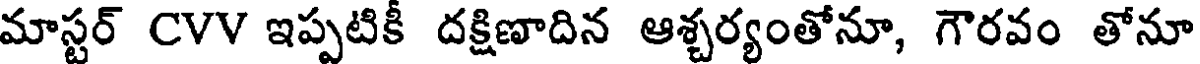
మాస్టర్ CVV ఇప్పటికీ దక్షిణాదిన ఆశ్చర్యంతోనూ, గౌరవం తోనూ